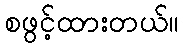
စဖွင့်ထားတယ်။